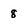
Character: 8